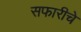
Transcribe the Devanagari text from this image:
सफारीचे